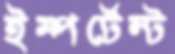
ইম্পর্টেন্ট